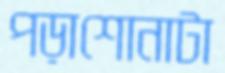
পড়াশোনাটা